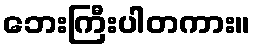
ဘေးကြီးပါတကား။